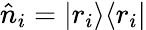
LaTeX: \hat{n}_{i}=|r_{i}\rangle\langle r_{i}|